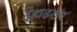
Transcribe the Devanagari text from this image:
देहाडराय